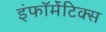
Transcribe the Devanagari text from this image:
इंफॉर्मेटिक्स